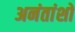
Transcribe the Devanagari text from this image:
अनंतांशों